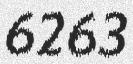
6263